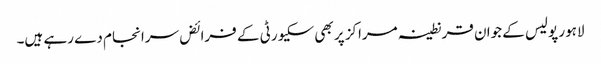
لاہور پولیس کے جوان قرنطینہ مراکز پر بھی سکیورٹی کے فرائض سرانجام دے رہے ہیں۔